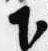
下